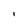
Character: I